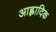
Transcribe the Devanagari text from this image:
आह्लादिक